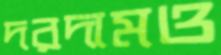
দরদামও